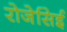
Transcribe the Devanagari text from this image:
रोजेसिई